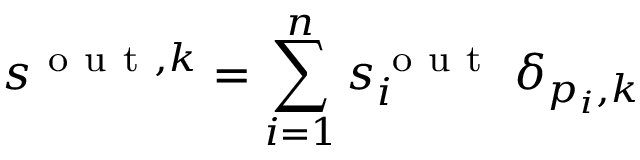
s ^ { \mathrm { ~ o ~ u ~ t ~ } , k } = \sum _ { i = 1 } ^ { n } s _ { i } ^ { \mathrm { ~ o ~ u ~ t ~ } } \; \delta _ { p _ { i } , k }